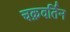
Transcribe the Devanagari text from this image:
चक्रवर्तिन